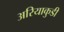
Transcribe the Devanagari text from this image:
अरियाकुडी